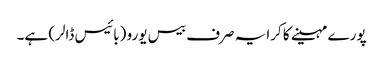
پورے مہینے کا کرایہ صرف بیس یورو (بائیس ڈالر) ہے۔